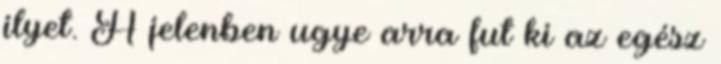
ilyet. A jelenben ugye arra fut ki az egész